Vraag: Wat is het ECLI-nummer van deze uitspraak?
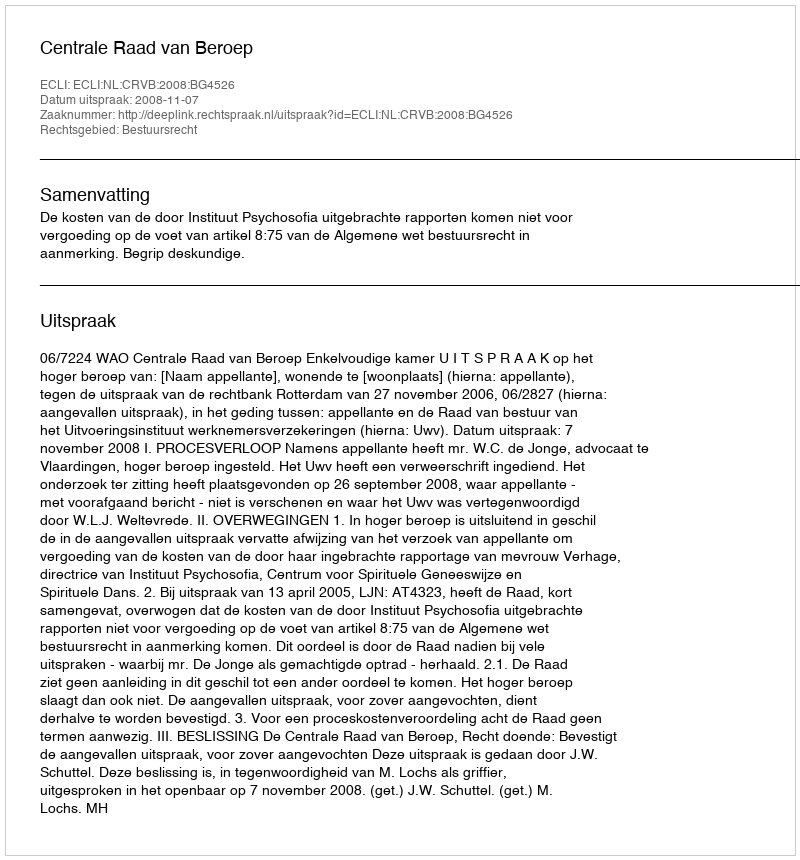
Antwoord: ECLI:NL:CRVB:2008:BG4526